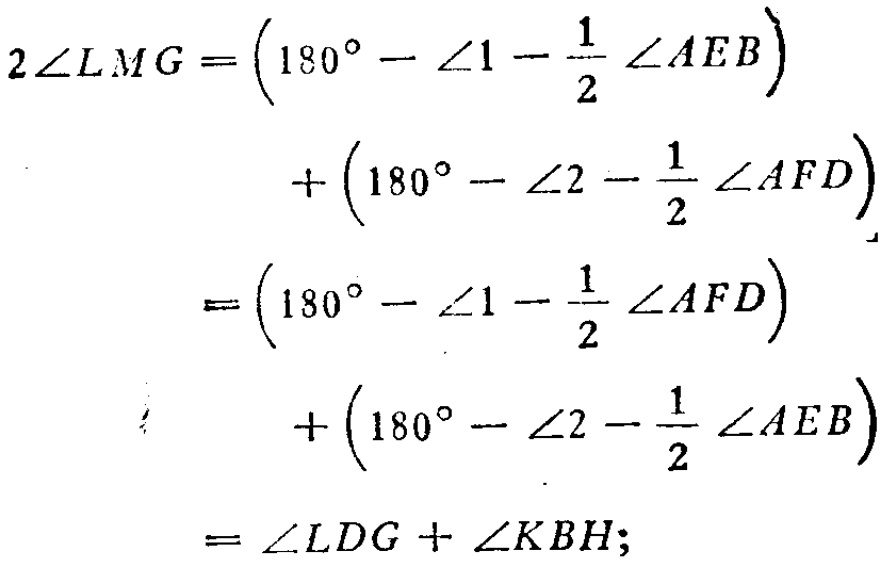
\[
\begin{align*}
2\angle LMG=&\left(180^{\circ}-\angle1 - \frac{1}{2}\angle AEB\right)\\
&+\left(180^{\circ}-\angle2 - \frac{1}{2}\angle AFD\right)\\
=&\left(180^{\circ}-\angle1 - \frac{1}{2}\angle AFD\right)\\
&+\left(180^{\circ}-\angle2 - \frac{1}{2}\angle AEB\right)\\
=&\angle LDG+\angle KBH;
\end{align*}
\]